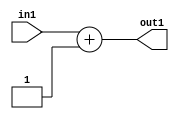
`timescale 1ps / 1ps
/*****************************************************************************
    Verilog RTL Description
    
    
    Created by: Stratus DpOpt 2019.1.01 
*******************************************************************************/

module st_weight_addr_gen_Add2i1u16_1 (
	in1,
	out1
	); /* architecture "behavioural" */ 
input [15:0] in1;
output [15:0] out1;
wire [15:0] asc001;

assign asc001 = 
	+(in1)
	+(16'B0000000000000001);

assign out1 = asc001;
endmodule

/* CADENCE  ubHyQgk= : u9/ySgnWtBlWxVPRXgAZ4Og= ** DO NOT EDIT THIS LINE ******/